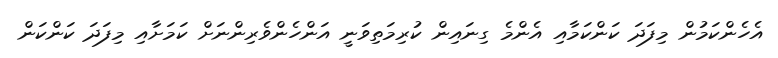
އެހެންކަމުން މިފަދަ ކަންކަމާއި އެންމެ ގިނައިން ކުރިމަތިވަނީ އަންހެންވެރިންނަށް ކަމަށާއި މިފަދަ ކަންކަން